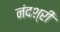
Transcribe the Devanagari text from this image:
नंदश्री